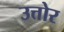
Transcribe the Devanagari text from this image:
उत्तोर